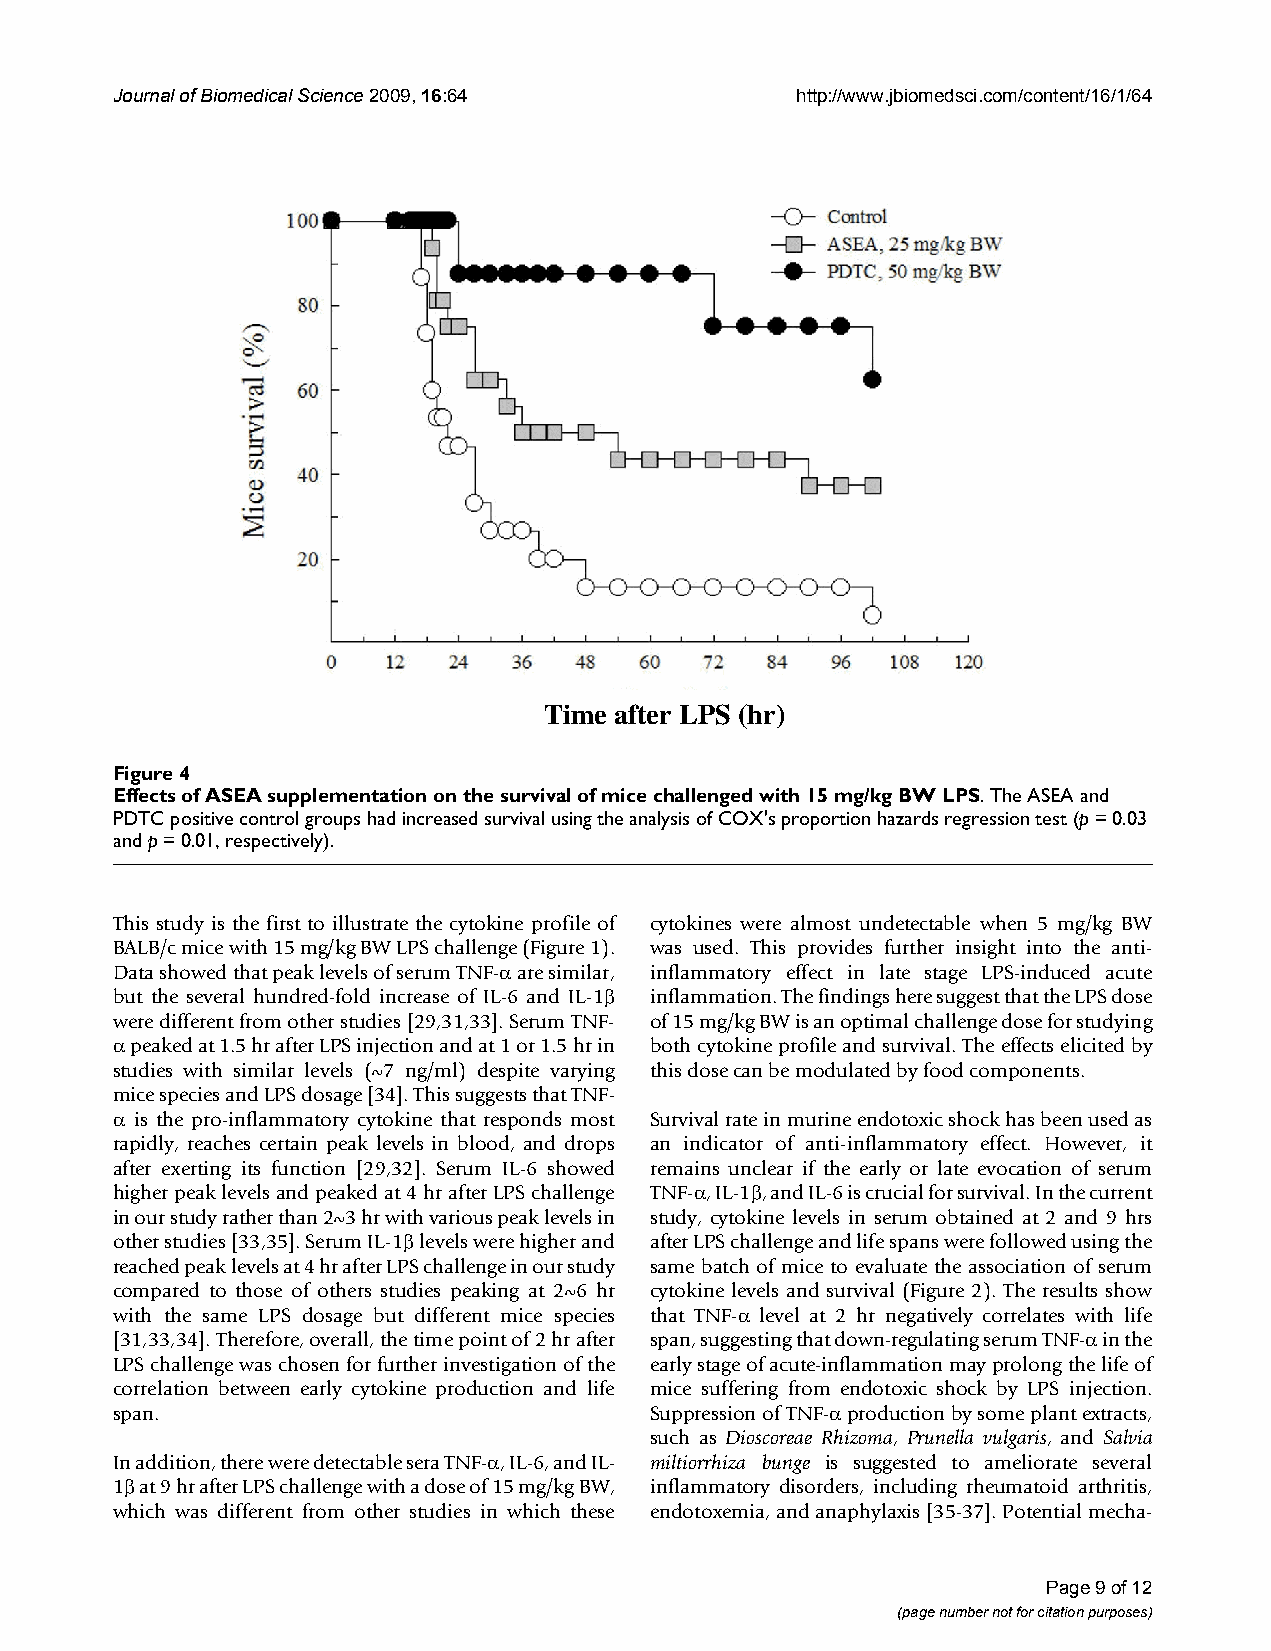
Journal of Biomedical Science 2009, 16:64    http://www.jbiomedsci.com/content/16/1/64
 Time after LPS (hr)
 EFfifgeuctrse o 4f ASEA supplementation on the survival of mice challenged with 15 mg/kg BW LPS
 Effects of ASEA supplementation on the survival of mice challenged with 15 mg/kg BW LPS. The ASEA and
 PDTC positive control groups had increased survival using the analysis of COX's proportion hazards regression test (p = 0.03
 and p = 0.01, respectively).
 This study is the first to illustrate the cytokine profile of cytokines were almost undetectable when 5 mg/kg BW
 BALB/c mice with 15 mg/kg BW LPS challenge (Figure 1). was used. This provides further insight into the anti-
 Data showed that peak levels of serum TNF-α are similar, inflammatory effect in late stage LPS-induced acute
 but the several hundred-fold increase of IL-6 and IL-1β inflammation. The findings here suggest that the LPS dose
 were different from other studies [29,31,33]. Serum TNF- of 15 mg/kg BW is an optimal challenge dose for studying
 α peaked at 1.5 hr after LPS injection and at 1 or 1.5 hr in both cytokine profile and survival. The effects elicited by
 studies with similar levels (~7 ng/ml) despite varying this dose can be modulated by food components.
 mice species and LPS dosage [34]. This suggests that TNF-
 α is the pro-inflammatory cytokine that responds most Survival rate in murine endotoxic shock has been used as
 rapidly, reaches certain peak levels in blood, and drops an indicator of anti-inflammatory effect. However, it
 after exerting its function [29,32]. Serum IL-6 showed remains unclear if the early or late evocation of serum
 higher peak levels and peaked at 4 hr after LPS challenge TNF-α, IL-1β, and IL-6 is crucial for survival. In the current
 in our study rather than 2~3 hr with various peak levels in study, cytokine levels in serum obtained at 2 and 9 hrs
 other studies [33,35]. Serum IL-1β levels were higher and after LPS challenge and life spans were followed using the
 reached peak levels at 4 hr after LPS challenge in our study same batch of mice to evaluate the association of serum
 compared to those of others studies peaking at 2~6 hr cytokine levels and survival (Figure 2). The results show
 with the same LPS dosage but different mice species that TNF-α level at 2 hr negatively correlates with life
 [31,33,34]. Therefore, overall, the time point of 2 hr after span, suggesting that down-regulating serum TNF-α in the
 LPS challenge was chosen for further investigation of the early stage of acute-inflammation may prolong the life of
 correlation between early cytokine production and life mice suffering from endotoxic shock by LPS injection.
 span.                              Suppression of TNF-α production by some plant extracts,
 such as Dioscoreae Rhizoma, Prunella vulgaris, and Salvia
 In addition, there were detectable sera TNF-α, IL-6, and IL- miltiorrhiza bunge is suggested to ameliorate several
 1β at 9 hr after LPS challenge with a dose of 15 mg/kg BW, inflammatory disorders, including rheumatoid arthritis,
 which was different from other studies in which these endotoxemia, and anaphylaxis [35-37]. Potential mecha-
 Page 9 of 12
 (page number not for citation purposes)